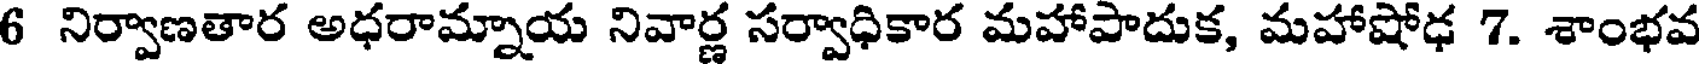
6 నిర్వాణతార అధరామ్నాయ నివార్ణ సర్వాధికార మహాపాదుక, మహాషోఢ 7. శాంభవ